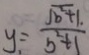
y _ { 1 } = \frac { \sqrt { b ^ { 2 } + 1 . } } { b ^ { 2 } + 1 }